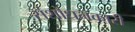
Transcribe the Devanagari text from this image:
संशोधनकारी